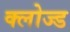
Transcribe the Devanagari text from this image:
क्‍लोज्‍ड